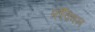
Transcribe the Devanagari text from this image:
फ्रेंक्विन